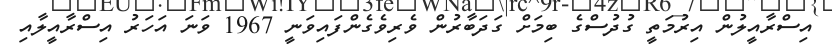
އިސްރާއީލުން އިރުމަތީ ގުދުސްގެ ބިމަށް ގަދަބާރުން ވެރިވެގެންފައިވަނީ 1967 ވަނަ އަހަރު އިސްރާއީލާއި